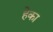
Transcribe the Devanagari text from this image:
हेका